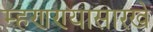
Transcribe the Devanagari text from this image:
म्हणण्यासारखे